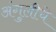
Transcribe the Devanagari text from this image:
अंगुलीचे